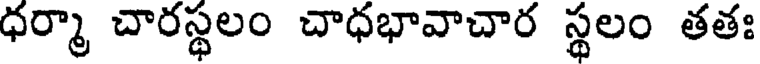
ధర్మా చారస్థలం చాధభావాచార స్థలం తతః